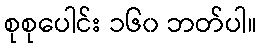
စုစုပေါင်း ၁၆၀ ဘတ်ပါ။